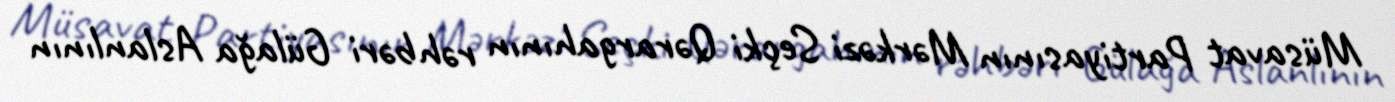
Müsavat Partiyasının Mərkəzi Seçki Qərargahının rəhbəri Gülağa Aslanlının